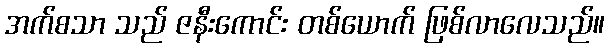
အက်စသာ သည် ဇနီးကောင်း တစ်ယောက် ဖြစ်လာလေသည်။